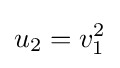
u_{2}=v_{1}^{2}